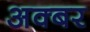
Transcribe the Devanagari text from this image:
अक्बर